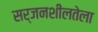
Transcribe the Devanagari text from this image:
सर्जनशीलतेला